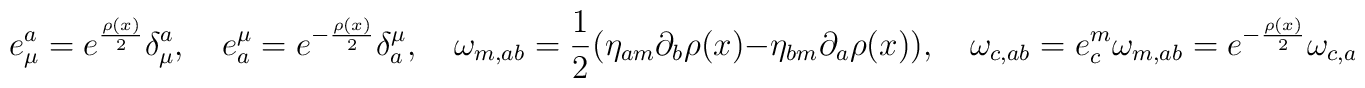
e_\mu^a = e^{\frac{\rho(x)}{2}} \delta^a_\mu, \quad e_a^\mu  = e^{- \frac{\rho(x)}{2}} \delta^\mu_a,\quad \omega_{m, ab}= \frac{1}{2} (\eta_{a m}  \partial_b \rho(x)- \eta_{b m}  \partial_a \rho(x)), \quad \omega_{c, ab} = e^m_c\omega_{m, ab} = e^{-\frac{\rho(x)}{2}} \omega_{c, ab}.